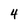
Character: 4